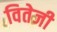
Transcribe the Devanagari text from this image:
वितेजी